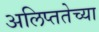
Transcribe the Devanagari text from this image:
अलिप्ततेच्या